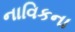
નાવિકના